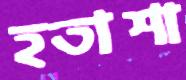
হতাশা